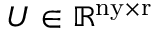
U \in \mathbb { R } ^ { \mathrm { n y \times r } }